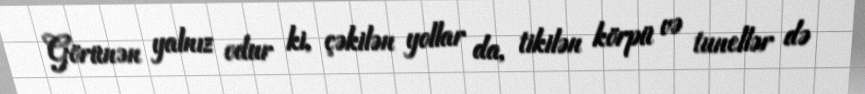
Görünən yalnız odur ki, çəkilən yollar da, tikilən körpü və tunellər də